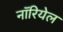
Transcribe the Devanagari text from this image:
नॉरियेल